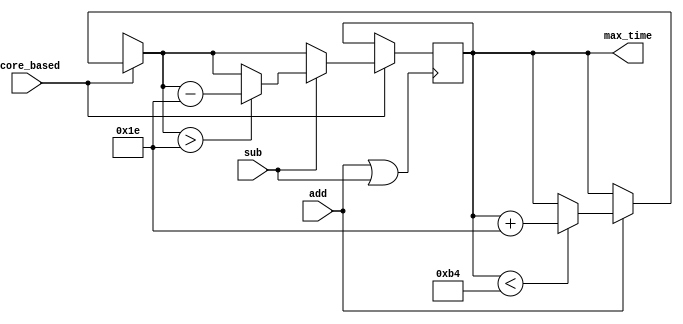
`timescale 1ns / 1ps
//////////////////////////////////////////////////////////////////////////////////
// Company: 
// Engineer: 
// 
// Design Name: 
// Module Name: set_time
// Project Name: 
// Target Devices: 
// Tool Versions: 
// Description: 
// 
// Dependencies: 
// 
// Revision:
// Revision 0.01 - File Created
// Additional Comments:
// 
//////////////////////////////////////////////////////////////////////////////////


module set_time(
    input add,
    input sub,
    input score_based,
    output [7:0] max_time
    );
    
    reg [7:0]tmp = 30;
    wire addsub = add | sub;
    
    always @ (posedge addsub)
    begin
        if(score_based)
        begin
            if(add)
                if (tmp < 180)
                    tmp = tmp + 30;
            if(sub)
                if (tmp > 30)
                    tmp = tmp - 30;
        end
    end
    assign max_time = tmp;
endmodule